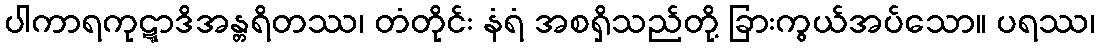
ပါကာရကုဋ္ဋာဒိအန္တရိတဿ၊ တံတိုင်း နံရံ အစရှိသည်တို့ ခြားကွယ်အပ်သော။ ပရဿ၊